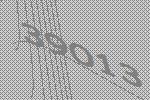
39013